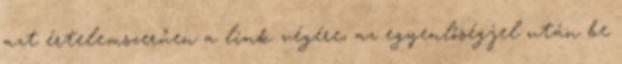
azt értelemszerűen a link végére, az egyenlőségjel után be